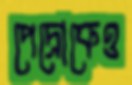
পেদ্রোকেও